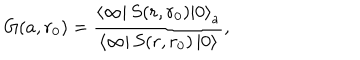
LaTeX: G ( a , r _ { 0 } ) = \frac { \left\langle \infty \right| S ( r , r _ { 0 } ) \left| 0 \right\rangle _ { a } } { \left\langle \infty \right| S ( r , r _ { 0 } ) \left| 0 \right\rangle } ,